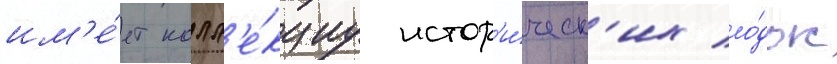
им'е́ет колл'е́кциу истор'и́ческ'их ло́док